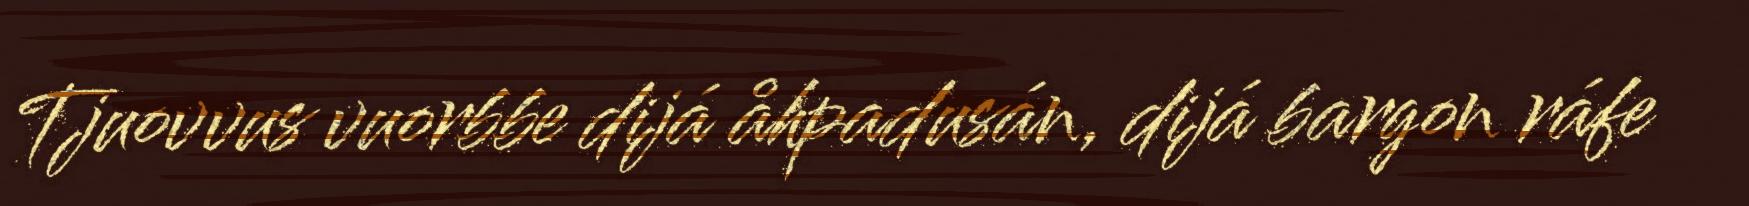
Tjuovvus vuorbbe dijá åhpadusán, dijá bargon ráfe